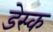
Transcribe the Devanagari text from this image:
डेस्‍क